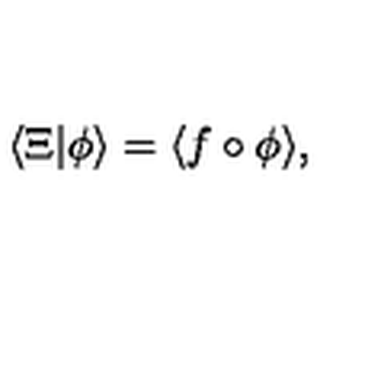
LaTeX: \langle \Xi | \phi \rangle = \langle f \circ \phi \rangle ,